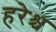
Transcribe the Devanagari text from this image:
हरेश्च